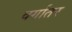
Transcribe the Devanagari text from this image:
वर्गातर